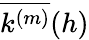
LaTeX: \overline{{k^{(m)}}}(h)